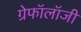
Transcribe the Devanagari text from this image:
ग्रेफॉलॉजी